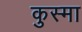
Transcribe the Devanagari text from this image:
कुस्मा